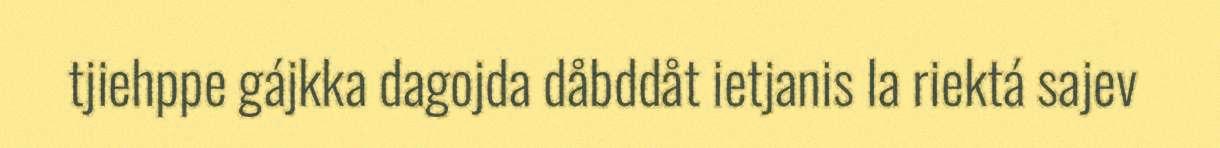
tjiehppe gájkka dagojda dåbddåt ietjanis la riektá sajev